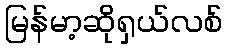
မြန်မာ့ဆိုရှယ်လစ်